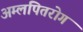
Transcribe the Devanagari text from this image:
अम्लपितरोग